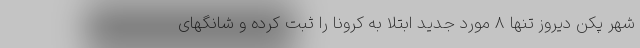
شهر پکن دیروز تنها 8 مورد جدید ابتلا به کرونا را ثبت کرده و شانگهای